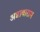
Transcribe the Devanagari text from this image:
अन्नावाराम